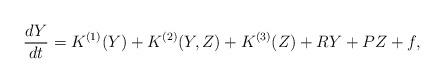
LaTeX: \begin{align*} \frac{dY}{dt}= { K}^{(1)} (Y) + { K}^{(2)} (Y, Z) + { K}^{(3)}(Z) + { R} Y + { P} Z + f,\end{align*}